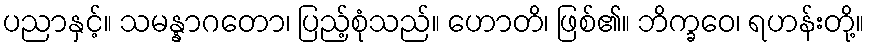
ပညာနှင့်။ သမန္နာဂတော၊ ပြည့်စုံသည်။ ဟောတိ၊ ဖြစ်၏။ ဘိက္ခဝေ၊ ရဟန်းတို့။